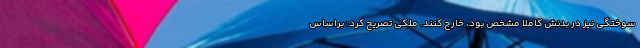
سوختگی نیز در بدنش کاملا مشخص بود، خارج کنند. ملکی تصریح کرد: براساس